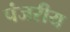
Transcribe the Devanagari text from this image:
पंजरीय